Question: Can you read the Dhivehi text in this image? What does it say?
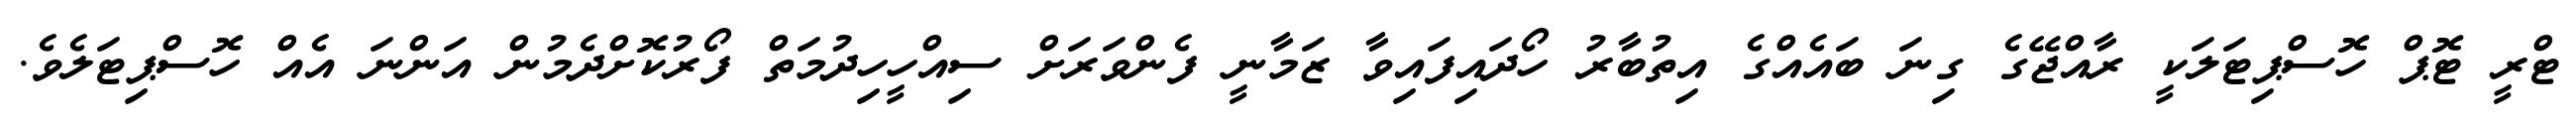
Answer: ޓްރީ ޓޮޕް ހޮސްޕިޓަލަކީ ރާއްޖޭގެ ގިނަ ބައެއްގެ އިތުބާރު ހޯދައިފައިވާ ޒަމާނީ ފެންވަރަށް ސިއްހީހިދުމަތް ފޯރުކޮށްދެމުން އަންނަ އެއް ހޮސްޕިޓަލެވެ.